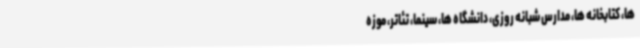
ها، کتابخانه ها، مدارس شبانه روزی، دانشگاه ها، سینما، تئاتر، موزه